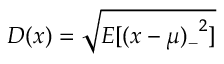
D ( x ) = { \sqrt { E [ { ( x - \mu ) _ { - } } ^ { 2 } ] } }